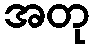
အတု